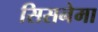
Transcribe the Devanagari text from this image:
सिसनेमा